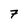
Character: 7